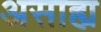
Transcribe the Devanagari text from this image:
असाह्य